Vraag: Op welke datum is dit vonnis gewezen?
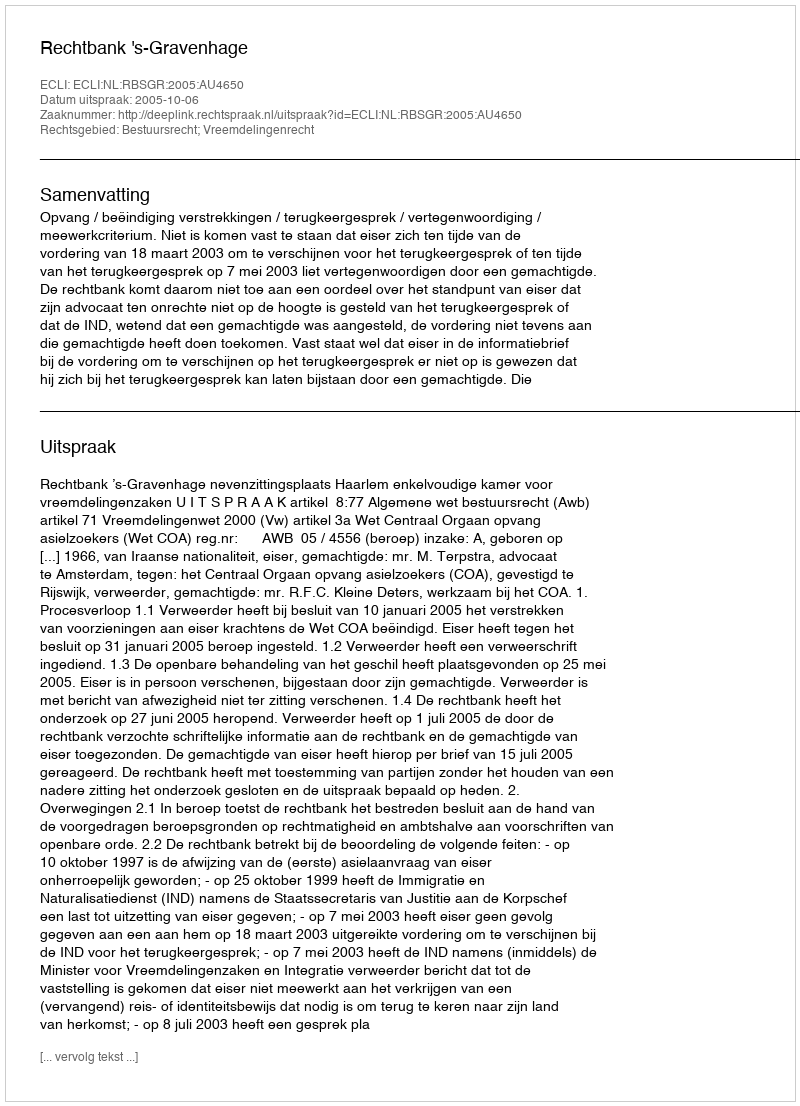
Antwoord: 2005-10-06